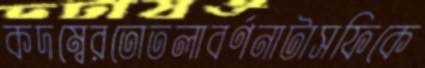
কদম্বেরতোতলাবর্ণনাটাসফিকে